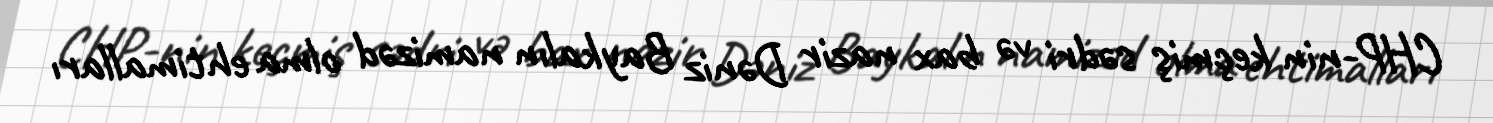
CHP-nin keçmiş sədri və bax nazir Dəniz Baykalın namizəd olma ehtimalları